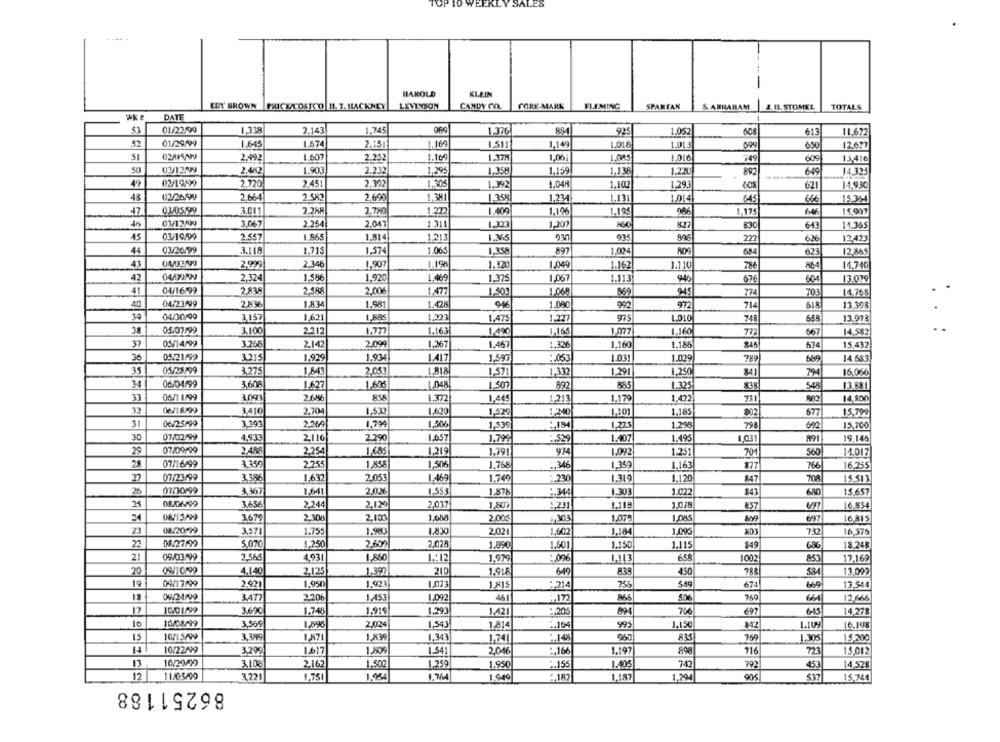
ALES
-
HAROLD
KLEIN
KEY BROWN PRICE COSTCO 11. T. HACKNEY
LEVINSON
CANDY CO.
CORE MARK
FLEMING
SPARTAN
& ABRAHAM & IL STOMEL
TOTALS
DATE
$3
01/22/99
1,339
2.143
1.745
1.376
925
1.052
608
613
11.672
01/29/99
1,645
1.674
2.151
1.169
1,511
1,149
1.018
1.013
699
650
12.677
51
2.492
1.607
2.252
1.16€
1.37M
1,06;
749
609
15410
50
03/12/9
2,482
1.903
2.212
1,295
1.358
1.159
1.138
649
14.32
49
2,720
2.451
2,392
1,305
1.392
1.04H
1,102
1,293
621
1-1,930
48
02/26/99
2.664
2.580
2.690
1.381
1.358
1.234
1,131
1,014
64
666
15. 364
47
03/05/99
3.011
2.28M
2.780
1.272
1.409
1.196
1.195
1,175
15.007
01/12/99
3,067
2.254
2.043
1.311
1.323
64E
1,207
830
11.365
15
03/19/99
2.557
1.865
1.814
1.213
626
12423
222
44
03/26/99
3.118
1.715
1,574
1.065
1.358
1,024
80
684
623
12.84
41
2,999
2,346
1,907
1.19%
1.120
1.049
1.162
1.110
14.740
42
04/71/99
2.324
1,586
1.920
1.469
1.375
1.067
1.113
946
676
604
13.079
41
04/16/99
2.838
2.588
2.00€
1.477
1.500
1.068
703
14.768
40
04/23/99
2,836
1.83
1.98
1.428
1.080
992
714
SIR
13.308
30
04/30/09
3,157
1,621
1,223
1.475
1,237
L.O10
748
64
13.973
05/07/99
3.100
2.212
1.777
1.16.3
1.490
1,165
1.077
1.160
772
567
14.582
05/14/99
37
3.268
2.142
2,099
1.267
1.467
1,326
1.160
1.186
845
15,432
36
05/21/99
1.934
1.03
1.029
789
69
14.633
3,215
1,929
1.417
1,597
:. 053
35
05/28/99
3,275
1,843
2.053
1,571
1,332
1,291
1,250
841
79
16,066
34
06/04/99
3,608
1.627
1.605
1.048
1.507
1.325
838
548
13.881
33
06/1 1/99
2.64%
1.372
1.445
1,213
1.179
1.422
14,800
37
06/1999
3.410
2.70
1,530
1,620
1,570
1.240
1,101
1.185
802
677
15,790
31
06/25/99
3.393
2.964
1.799
1,506
1.539
1,225
1.298
79
692
15.700
30
07/02/99
4,933
2,116
2.290
1,657
1.799
:. 529
1.407
1.495
891
19,146
29
07/09/99
2.488
2,254
1,685
1,219
1,791
1.092
1.251
70
56
14.017
28
07/16/99
3.350
2,255
1,858
1.506
1.768
: 346
1.359
1,163
877
76€
16.255
27
07/23/99
3.386
1.632
2.053
1.469
1.749
: 230
1.319
1.120
847
MA
15,513
3,367
20%
1.022
26
1.641
1,553
1.878
1.303
68
15,657
08/06/99
3,656
2,244
2,120
2,037
1,807
1.118
1.018
16,854
1,231
857
3.679
2.300
2.100
1.6/8
2.005
4,303
1,075
697
16,815
23
08/20-99
3.571
1.755
1.90
1.830
2.021
1,602
1.184
1,095
16,57%
20
08/27/99
5.070
1,250
2,609
2.028
1.890
1.601
1.150
1.115
849
18.248
21
09/03/99
2.565
4,931
1,860
1 .: 12
851
17.169
1,979
:, 096
1.113
1002
20
09/10199
2,125
1,397
210
1,918
64
835
450
788
58
13.099
4,140
19
09/17/99
2.921
1.950
1.923
1.073
1.815
:, 214
758
549
674
13,544
13
09/24/09
3.477
2,206
1.453
1.092
46
866
50
664
12,668
10/01/99
17
3.690
1.748
1,919
1.291
1,421
:, 205
697
645
14.278
10
10/08/99
3,569
1.896
2,024
1.543
1,814
:. 164
99
1.150
1.1U
15
10/1 5/99
3.399
1.871
1,839
1.343
1.741
1.148
960
A35
769
1,305
15,200
14
10/22/99
3,290
1.617
1.809
1.541
2.046
.. 166
1.197
89
716
15,012
13
10/29/2
3,108
2.162
1,507
1.259
1,950
:. 155
1.405
74
79
453
14.528
12
11/05/99
1,751
1.984
1, 764
1,949
1,187
3,221
2,182
1,294
537
15.744
86251188